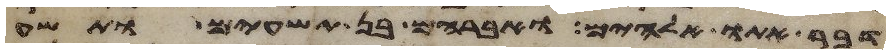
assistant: דבר אתו אלהים ואברהם בן תשעים ותשע